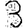
Digit: 3